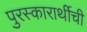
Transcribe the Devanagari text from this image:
पुरस्कारार्थीची